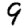
Digit: 9